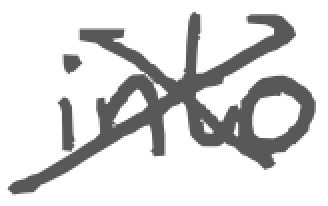
Text: into
Cross-out: cross
Writing tool: digital_gray